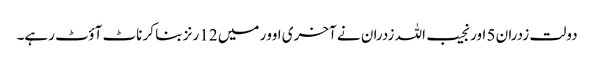
دولت زدران 5 اور نجیب اللہ زدران نے آخری اوور میں 12 رنز بنا کر ناٹ آؤٹ رہے۔